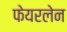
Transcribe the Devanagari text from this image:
फेयरलेन